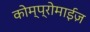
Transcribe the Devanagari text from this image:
कोम्प्रोमाईज़